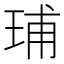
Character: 𬍥